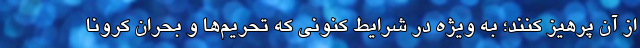
از آن پرهیز کنند؛ به ویژه در شرایط کنونی که تحریم‌ها و بحران کرونا